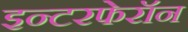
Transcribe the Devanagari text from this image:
इन्टरफेरॉन